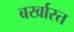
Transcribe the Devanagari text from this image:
बर्खास्त